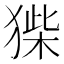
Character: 𤠌